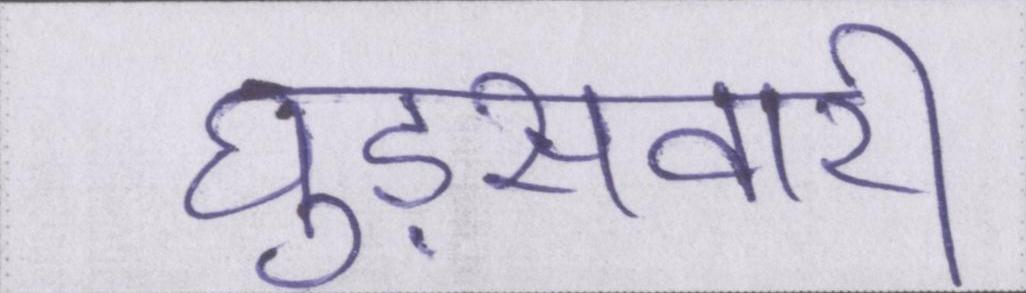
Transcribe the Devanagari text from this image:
घुड़सवारी